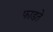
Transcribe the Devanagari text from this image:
फाडते